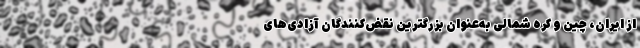
از ایران، چین و کره شمالی به‌عنوان بزرگترین نقض‌کنندگان آزادی‌های